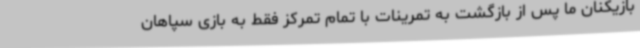
بازیکنان ما پس از بازگشت به تمرینات با تمام تمرکز فقط به بازی سپاهان